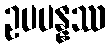
ဥပပန္နဿ